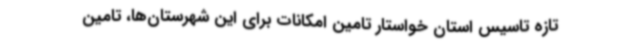
تازه تاسیس استان خواستار تامین امکانات برای این شهرستان‌ها، تامین